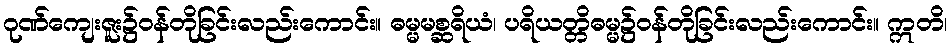
ဂုဏ်ကျေးဇူး၌ဝန်တိုခြင်းလည်းကောင်း။ ဓမ္မမစ္ဆရိယံ၊ ပရိယတ္တိဓမ္မ၌ဝန်တိုခြင်းလည်းကောင်း။ ဣတိ၊